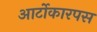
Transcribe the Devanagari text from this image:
आर्टोकारपस